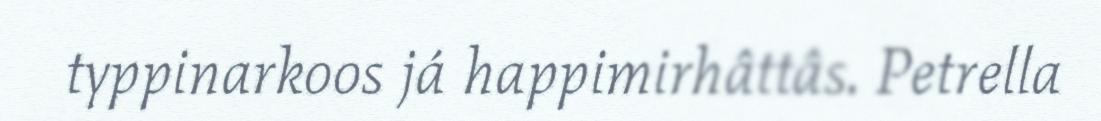
typpinarkoos já happimirhâttâs. Petrella